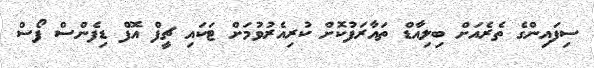
ސިފައިންގެ ތެރެއަށް ބިލިއާޑް ތައާރަފުކޮށް ކުރިއެރުވުމަށް ޓަކައި ޗީފް އޮފް ޑިފެންސް ފޯސް